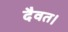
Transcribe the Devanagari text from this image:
दैवत।